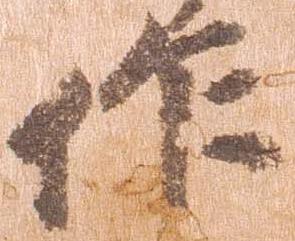
作